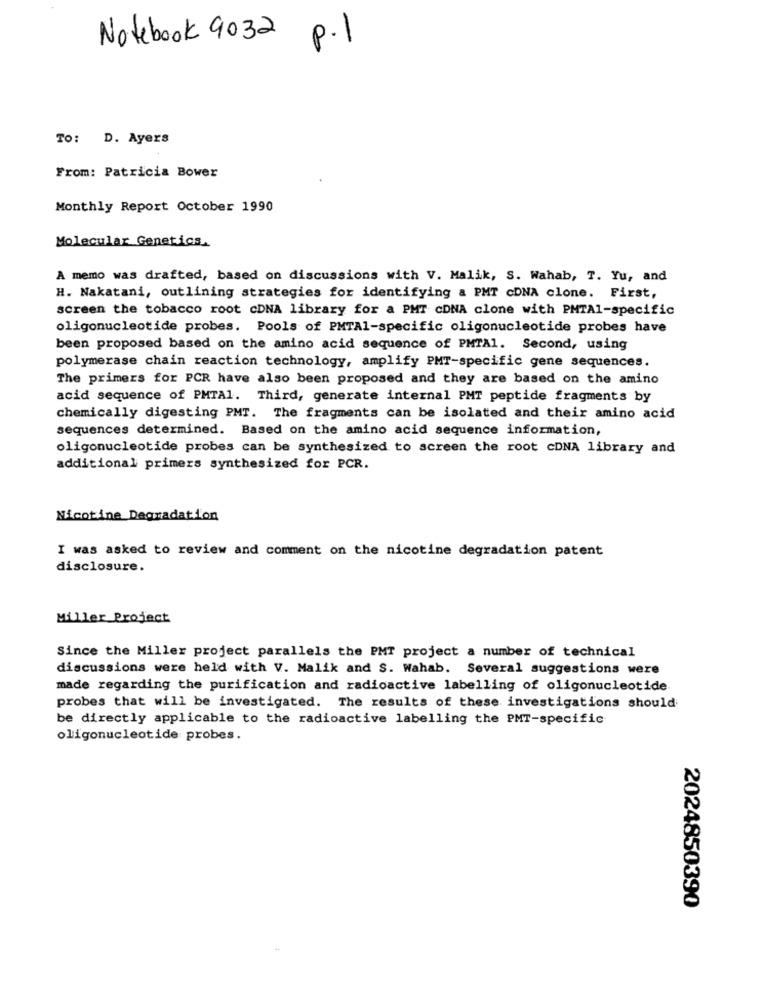
Notebook 9032 p.1
To: D. Ayers
From: Patricia Bower
Monthly Report October 1990
Molecular Genetics.
A memo was drafted, based on discussions with V. Malik, S. Wahab, T. Yu, and
H. Nakatani, outlining strategies for identifying & PMT cDNA clone. First,
screen the tobacco root cDNA library for a PMT CDNA clone with PMTAI-specific
oligonucleotide probes. Pools of PMTA1-specific oligonucleotide probes have
been proposed based on the amino acid sequence of PMTAl. Second, using
polymerase chain reaction technology, amplify PMT-specific gene sequences.
The primers for PCR have also been proposed and they are based on the amino
acid sequence of PMTA1. Third, generate internal PMT peptide fragments by
chemically digesting PMT. The fragments can be isolated and their amino acid
sequences determined. Based on the amino acid sequence information,
oligonucleotide probes can be synthesized to screen the root cDNA library and
additional primers synthesized for PCR.
Nicotine Degradation
I was asked to review and comment on the nicotine degradation patent
disclosure.
Miller Project
Since the Miller project parallels the PMT project a number of technical
discussions were held with V. Malik and S. Wahab. Several suggestions were
made regarding the purification and radioactive labelling of oligonucleotide
probes that will be investigated. The results of these investigations should
be directly applicable to the radioactive labelling the PMT-specific
oligonucleotide probes.
2024850390